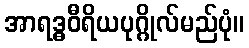
အာရဒ္ဓဝီရိယပုဂ္ဂိုလ်မည်ပုံ။